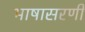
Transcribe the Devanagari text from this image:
भाषासरणी